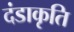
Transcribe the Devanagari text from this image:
दंडाकृति